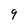
Character: 9